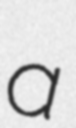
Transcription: a